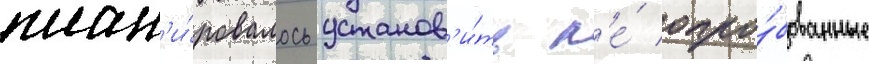
план'и́ровалось установ'и́ть н'е́ опро́бованные